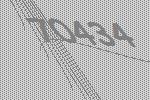
70434